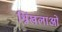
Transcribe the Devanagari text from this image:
श्रिंखलाओं